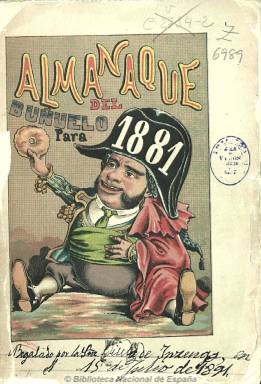
Título: Almanaque del Buñuelo
Otros títulos: Almanaque político, satírico y literario
Colección: Almanaques || Revistas satíricas y humorísticas
Ámbito geográfico: Madrid
Lugar de publicación: Madrid
Fechas: 01/01/1881-31/12/1881

Su título se refiere al periódico madrileño burlesco y antimonárquico El Buñuelo (1880-1881), que edita este “almanaque político, satírico y literario para 1881”, con la indicación de que ha sido “redactado por lo mejorcito de la presente generación, e ilustrado con cromos de Demócrito”, el periodista y dibujante republicano Eduardo Sojo (1849-1908). Es un volumen de 208 páginas foliadas con una treintena de litografías fuera de texto con caricaturas a color de políticos en el año en el que va a iniciarse la alternancia o turno de partidos de la Restauración.

Empieza con un calendario y santoral y le sigue un Zodiaco ministerial del que es autor el periodista y escritor madrileño Eduardo Lustonó (1849-1905), al que se le atribuye también la dirección de la revista El Buñuelo, y que el autor festivo y satírico Salvador María Granes (1840-1911) había fundado en abril de 1880, y que durará hasta marzo del año siguiente, y que también forma parte de esta Hemeroteca Digital.

Inserta también una serie de facsímiles con los textos manuscritos y firmas de sus colaboradores, así como pentagramas musicales. Entre los autores de sus textos (en prosa y verso) se encuentran Eduardo Bustillo, Vital Aza, Juan José Herranz, Leopoldo Cano, Eugenio Sellés, Eusebio Blasco, Manuel del Palacio, Francisco Echagüe, Antonio Trueba, Andrés Corzuelo, F. Moja y Bolívar, así como Benito Pérez Galdós (con un texto bajo el título Aquél) y José Nakens (1841-1926), el periodista anticlerical y republicano, que junto a Juan Vallejo Larriaga y el citado Demócrito fundarán en abril de 1881 el popular y famoso periódico satírico El Motín (1881-1926).

Dado su carácter republicano abiertamente crítico con los partidos canovista y sagastino de la Restauración, la mayor parte de sus textos son de carácter político, como los titulados Los partidos y Los diputados, escritos en un tono jocoso y humorístico. Resalta de esta publicación las series litográficas de caricaturas coloreadas (cromos) fuera de texto de Demócrito, como la titulada Celebridades contemporáneas.